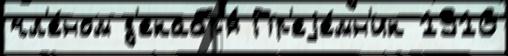
чл'е́ном д'екабр'я́ Пр'еjе́мн'ик 1916